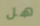
هل